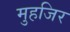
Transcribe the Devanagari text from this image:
मुहजिर